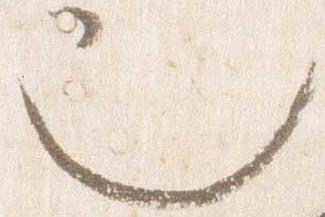
也